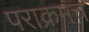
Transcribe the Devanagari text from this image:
पराक्रमच